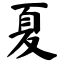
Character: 夏